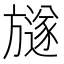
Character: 𣄚